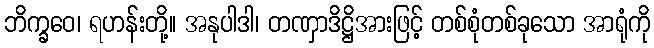
ဘိက္ခဝေ၊ ရဟန်းတို့။ အနုပါဒါ၊ တဏှာဒိဋ္ဌိအားဖြင့် တစ်စုံတစ်ခုသော အာရုံကို